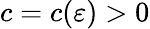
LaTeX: c=c(\varepsilon)>0